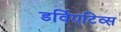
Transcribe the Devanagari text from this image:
डर्विएटिव्स